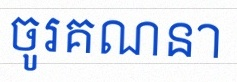
ចូរគណនា